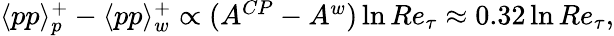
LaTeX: \begin{array}{r}{\langle pp\rangle_{p}^{+}-\langle pp\rangle_{w}^{+}\propto(A^{CP}-A^{w})\ln Re_{\tau}\approx 0.32\ln Re_{\tau},}\end{array}